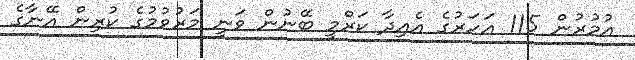
އުމުރުން 115 އަހަރުގެ އެއިދާ ކަރްމީ ބޭނުން ވަނީ މަރުވުމުގެ ކުރިން އޭނާގެ